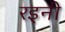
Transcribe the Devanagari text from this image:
रइनी